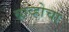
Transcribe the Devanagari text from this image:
ब्राव्होचा